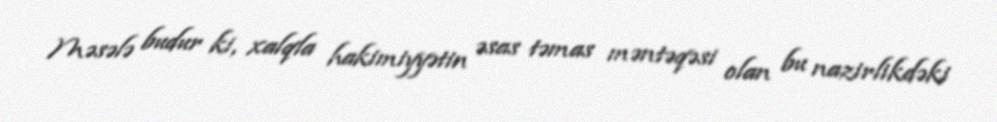
Məsələ budur ki, xalqla hakimiyyətin əsas təmas məntəqəsi olan bu nazirlikdəki